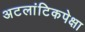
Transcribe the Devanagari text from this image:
अटलांटिकपेक्षा